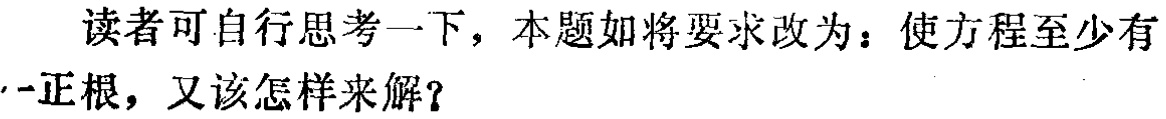
读者可自行思考一下，本题如将要求改为：使方程至少有一正根，又该怎样来解？